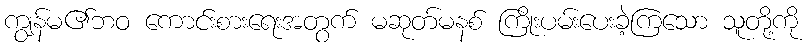
ကျွန်မ၏ဘဝ ကောင်းစားရေးအတွက် မဆုတ်မနစ် ကြိုးပမ်းပေးခဲ့ကြသော သူတို့ကို